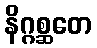
နိဂ္ဂစ္ဆတေ